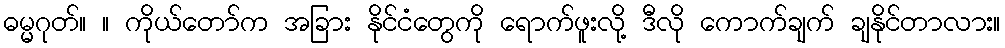
ဓမ္မဂုတ်။ ။ ကိုယ်တော်က အခြား နိုင်ငံတွေကို ရောက်ဖူးလို့ ဒီလို ကောက်ချက် ချနိုင်တာလား။